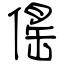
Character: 傜